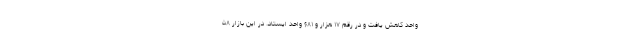
واحد کاهش یافت و در رقم ۱۷ هزار و ۶۸۱ واحد ایستاد. در این بازار ۵۸